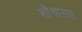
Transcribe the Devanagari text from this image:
शौचासह